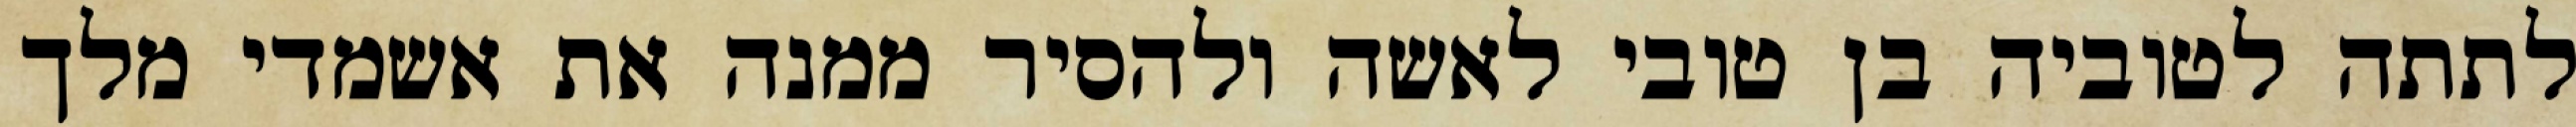
לתתה לטוביה בן טובי לאשה ולהסיר ממנה את אשמדי מלך